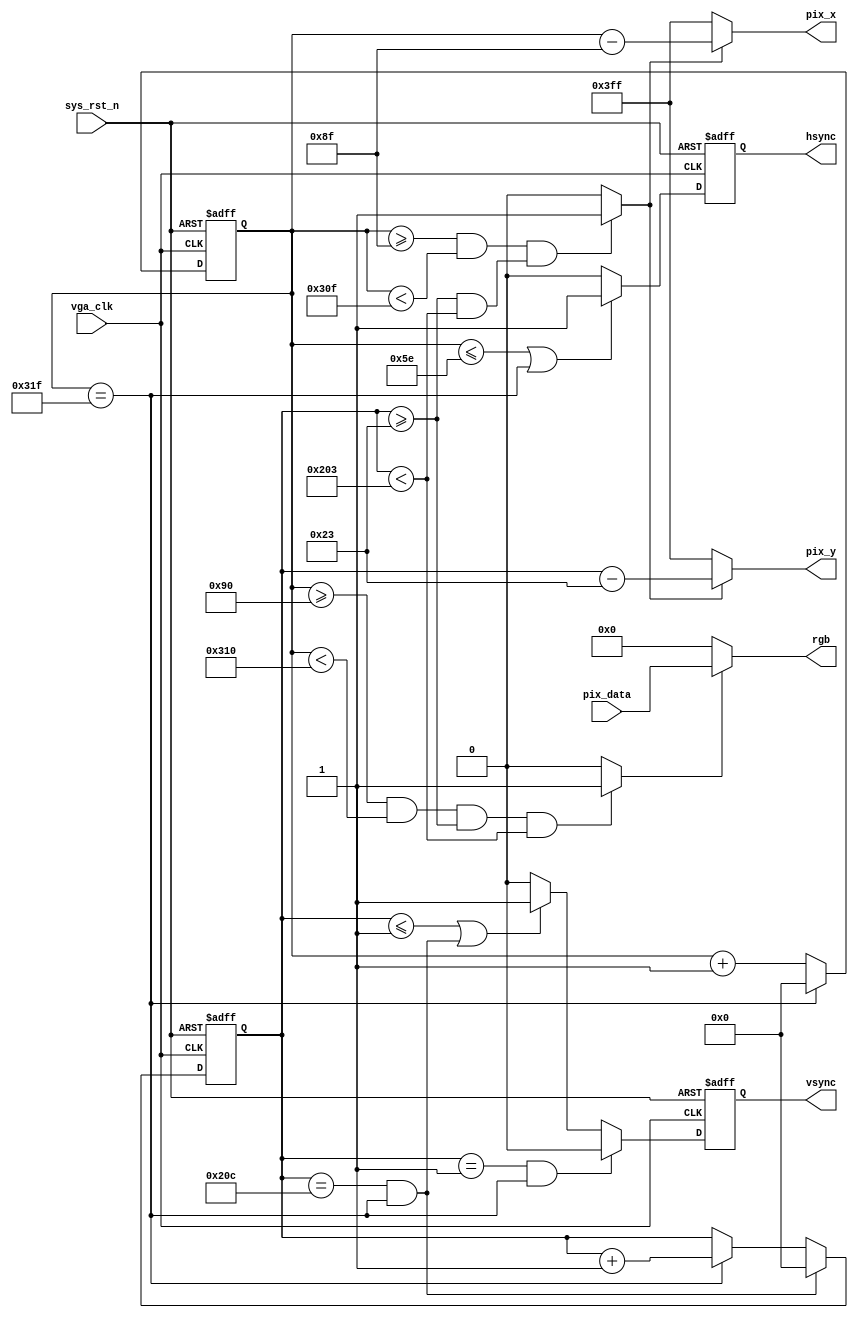
module  vga_ctrl
(
    input     wire          vga_clk     ,
    input     wire          sys_rst_n   ,
    input     wire  [15:0]  pix_data    ,

    output    reg           hsync       ,
    output    reg           vsync       ,
    output    wire   [9:0]   pix_x       ,
    output    wire   [9:0]   pix_y       ,
    output    wire   [15:0]  rgb         

);

reg     [9:0]   cnt_h;
reg     [9:0]   cnt_v;
wire            rgb_valid;
wire            pix_data_req    ;   

parameter   H_SYNC    =   10'd96  ,
            H_BACK    =   10'd40  ,
            H_LEFT    =   10'd8   ,
            H_VALID   =   10'd640 ,
            H_RIGHT   =   10'd8   ,
            H_FRONT   =   10'd8   ,
            H_TOTAL   =   10'd800 ;
parameter   V_SYNC    =   10'd2   ,
            V_BACK    =   10'd25  ,
            V_TOP     =   10'd8   ,
            V_VALID   =   10'd480 ,
            V_BOTTOM  =   10'd8   ,
            V_FRONT   =   10'd2   ,
            V_TOTAL   =   10'd525 ;

always@(posedge vga_clk or negedge sys_rst_n)
    if(sys_rst_n == 1'b0)
        cnt_h <= 10'd0;
    else if(cnt_h == H_TOTAL - 1'b1)
        cnt_h <= 10'd0;
    else
        cnt_h <= cnt_h + 1'b1;

always@(posedge vga_clk or negedge sys_rst_n)
    if(sys_rst_n == 1'b0)
        cnt_v <= 10'd0;
    else if((cnt_v == V_TOTAL - 1'b1)&&(cnt_h == H_TOTAL - 1'b1))
        cnt_v <= 10'd0;
    else if(cnt_h == H_TOTAL - 1'b1)
        cnt_v <= cnt_v + 1'b1;
    else
        cnt_v <= cnt_v;
    
always@(posedge vga_clk or negedge sys_rst_n)
    if(sys_rst_n == 1'b0)
        hsync <= 1'b0;
    else if((cnt_h <= H_SYNC - 10'd2) ||(cnt_h == H_TOTAL - 10'd1))
        hsync <= 1'b1;
    else
        hsync <= 1'b0;

always@(posedge vga_clk or negedge sys_rst_n)
    if(sys_rst_n == 1'b0)
        vsync <= 1'b0;
    else if((cnt_v == 10'd1)&&(cnt_h == H_TOTAL - 10'd1))
        vsync <= 1'b0;
    else if((cnt_v <= 10'd1)||
    ((cnt_v == V_TOTAL - 10'd1)&&(cnt_h == H_TOTAL - 10'd1))) 
        vsync <= 1'b1;
    else
        vsync <= 1'b0;

assign rgb_valid = ((cnt_h >= H_SYNC + H_BACK + H_LEFT)&&
            (cnt_h < H_SYNC + H_BACK + H_LEFT + H_VALID)&&
            (cnt_v >= V_SYNC + V_BACK + V_TOP)&&
            (cnt_v < V_SYNC + V_BACK + V_TOP + V_VALID))
            ? 1'b1 : 1'b0;
    
assign  pix_data_req = (((cnt_h >= H_SYNC + H_BACK + H_LEFT - 1'b1)
                    && (cnt_h < H_SYNC + H_BACK + H_LEFT + H_VALID - 1'b1))
                    &&((cnt_v >= V_SYNC + V_BACK + V_TOP)
                    && (cnt_v < V_SYNC + V_BACK + V_TOP + V_VALID)))
                    ? 1'b1 : 1'b0;


assign  pix_x = (pix_data_req == 1'b1)
                ? (cnt_h - (H_SYNC + H_BACK + H_LEFT - 1'b1)) : 10'h3ff;
assign  pix_y = (pix_data_req == 1'b1)
                ? (cnt_v - (V_SYNC + V_BACK + V_TOP)) : 10'h3ff;

assign rgb = (rgb_valid == 1'b1) ? pix_data : 16'h0000;

endmodule